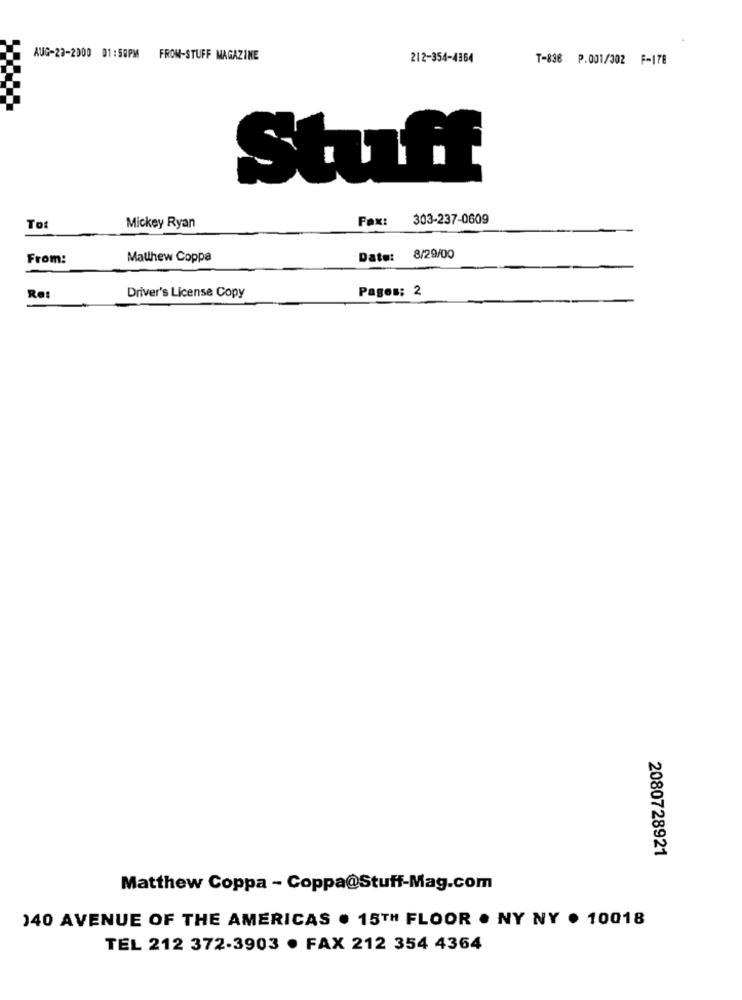
AUG-27-2000 01:50PM
FROM-STUFF MAGAZINE
212-354-4364
T-836 P.001/302 F-178
Stuff
Fax: 303-237-0609
To
Mickey Ryan
From:
Matthew Coppa
Date: 8/29/00
Pages: 2
Re:
Driver's License Copy
2080728921
Matthew Coppa - Coppa@Stuff-Mag.com
140 AVENUE OF THE AMERICAS . 15TH FLOOR . NY NY . 10018
TEL 212 372-3903 . FAX 212 354 4364